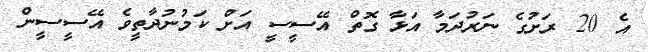
އެ 20 ރަށުގެ ނަރުދަމާ އަޅާ ގޮތް އޭސީސީ އަށް ކަމުނުދާތީވެ އޭސީސީން